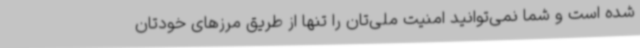
شده است و شما نمی‌توانید امنیت ملی‌تان را تنها از طریق مرزهای خودتان